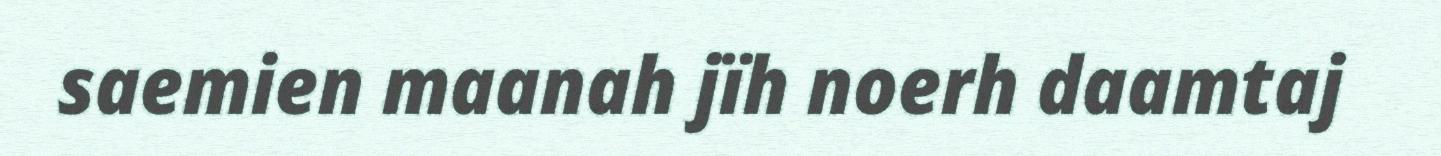
saemien maanah jïh noerh daamtaj